Indian journal of veterinary science and animal husbandry - Volumes 15-17, 1948-1951
Year: 1948
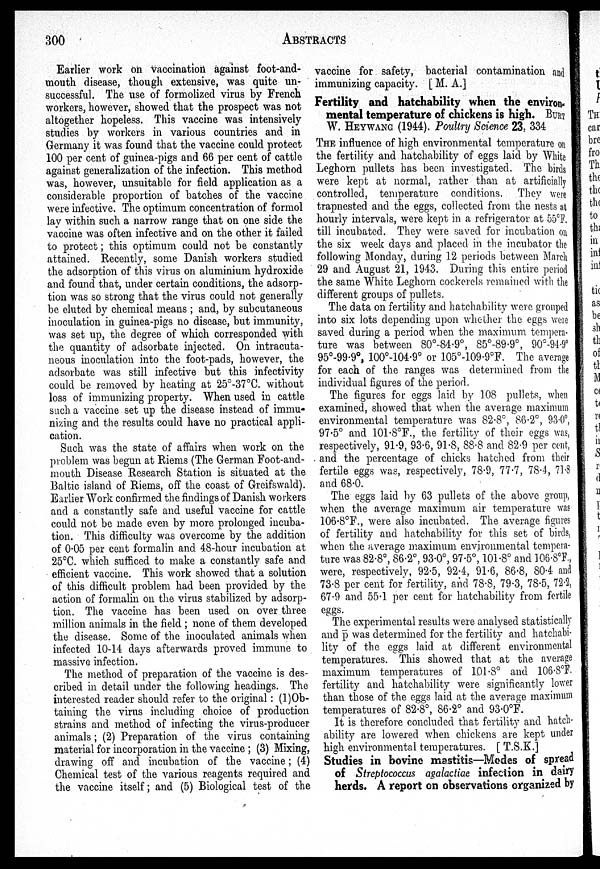
300
ABSTRACTS
Earlier work on vaccination against foot-and-
mouth disease, though extensive, was quite un-
successful. The use of formolized virus by French
workers, however, showed that the prospect was not
altogether hopeless. This vaccine was intensively
studies by workers in various countries and in
Germany it was found that the vaccine could protect
100 per cent of guinea-pigs and 66 per cent of cattle
against generalization of the infection. This method
was, however, unsuitable for field application as a
considerable proportion of batches of the vaccine
were infective. The optimum concentration of formol
lay within such a narrow range that on one side the
vaccine was often infective and on the other it failed
to protect ; this optimum could not be constantly
attained. Recently, some Danish workers studied
the adsorption of this virus on aluminium hydroxide
and found that, under certain conditions, the adsorp-
tion was so strong that the virus could not generally
be eluted by chemical means ; and, by subcutaneous
inoculation in guinea-pigs no disease, but immunity,
was set up, the degree of which corresponded with
the quantity of adsorbate injected. On intracuta-
neous inoculation into the foot-pads, however, the
adsorbate was still infective but this infectivity
could be removed by heating at 25°-37°C. without
loss of immunizing property. When used in cattle
such a vaccine set up the disease instead of immu-
nizing and the results could have no practical appli-
cation.
Such was the state of affairs when work on the
problem was begun at Riems (The German Foot-and-
mouth Disease Research Station is situated at the
Baltic island of Riems, off the coast of Greifswald).
Earlier Work confirmed the findings of Danish workers
and a constantly safe and useful vaccine for cattle
could not be made even by more prolonged incuba-
tion. This difficulty was overcome by the addition
of 0.05 per cent formalin and 48-hour incubation at
25°C. which sufficed to make a constantly safe and
efficient vaccine. This work showed that a solution
of this difficult problem had been provided by the
action of formalin on the virus stabilized by adsorp-
tion. The vaccine has been used on over three
million animals in the field ; none of them developed
the disease. Some of the inoculated animals when
infected 10-14 days afterwards proved immune to
massive infection.
The method of preparation of the vaccine is des-
cribed in detail under the following headings. The
interested reader should refer to the original : (1) Ob-
taining the virus including choice of production
strains and method of infecting the virus-producer
animals ; (2) Preparation of the virus containing
material for incorporation in the vaccine ; (3) Mixing,
drawing off and incubation of the vaccine; (4)
Chemical test of the various reagents required and
the vaccine itself ; and (5) Biological test of the
vaccine for safety, bacterial contamination and
immunizing capacity. [ M. A.]
Fertility and hatchability when the environ-
mental temperature of chickens is high. BURT
W. HEYWANG (1944). Poultry Science 23, 334
THE influence of high environmental temperature on
the fertility and hatchability of eggs laid by White
Leghorn pullets has been investigated. The birds
were kept at normal, rather than at artificially
controlled, temperature conditions. They were
trapnested and the eggs, collected from the nests at
hourly intervals, were kept in a refrigerator at 55°F.
till incubated. They were saved for incubation on
the six week days and placed in the incubator the
following Monday, during 12 periods between March
29 and August 21, 1943. During this entire period
the same White Leghorn cockerels remained with the
different groups of pullets.
The data on fertility and hatchability were grouped
into six lots depending upon whether the eggs were
saved during a period when the maximum tempera-
ture was between 80°-84.9°, 85°-89.9°, 90°-94.9°
95°-99.9°, 100°-104.9° or 105°-109.9°F. The average
for each of the ranges was determined from the
individual figures of the period.
The figures for eggs laid by 108 pullets, when
examined, showed that when the average maximum
environmental temperature was 82.8°. 86.2°, 93.0°,
97.5° and 101.8°F., the fertility of their eggs was,
respectively, 91.9, 93.6, 91.8, 88.8 and 82.9 per cent,
and the percentage of chicks hatched from their
fertile eggs was, respectively, 78.9, 77.7, 78.4, 71.8
and 68.0.
The eggs laid by 63 pullets of the above group,
when the average maximum air temperature was
106.8°F., were also incubated. The average figures
of fertility and hatchability for this set of birds,
when the average maximum environmental tempera-
ture was 82.8°, 86.2°, 93.0°, 97.5°, 101.8° and 106.8°F.,
were, respectively, 92.5, 92.4, 91.6, 86.8, 80.4 and
73.8 per cent for fertility, and 78.8, 79.3, 78.5, 72.2,
67.9 and 55.1 per cent for hatchability from fertile
eggs.
The experimental results were analysed statistically
and p was determined for the fertility and hatchabi-
lity of the eggs laid at different environmental
temperatures. This showed that at the average
maximum temperatures of 101.8° and 106.8°F.
fertility and hatchability were significantly lower
than those of the eggs laid at the average maximum
temperatures of 82.8°, 86.2° and 93.0°F.
It is therefore concluded that fertility and hatch-
ability are lowered when chickens are kept under
high environmental temperatures. [ T.S.K.]
Studies in bovine mastitis—Modes of spread
of Streptococcus agalactiae infection in dairy
herds. A report on observations organized by